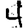
Digit: 4